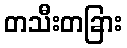
တသီးတခြား